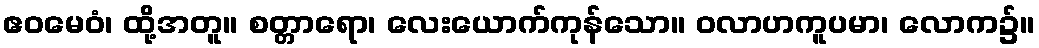
ဧဝမေဝံ၊ ထို့အတူ။ စတ္တာရော၊ လေးယောက်ကုန်သော။ ဝလာဟကူပမာ၊ လောက၌။